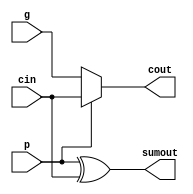
//
// Copyright (C) 2022 RapidSilicon
//
//------------------------------------------------------------------------------
// 1 bit adder_carry
//------------------------------------------------------------------------------
module adder_carry (p, g, cin, sumout, cout);
    input p;
    input g;
    input cin;
    output sumout;
    output cout;

    assign {cout, sumout} = {p ? cin : g, p ^ cin};
endmodule